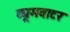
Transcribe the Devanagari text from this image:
ट्यूमवाटर